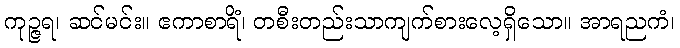
ကုဉ္ဇရ၊ ဆင်မင်း။ ဧကာစာရိံ၊ တစီးတည်းသာကျက်စားလေ့ရှိသော။ အာရညကံ၊